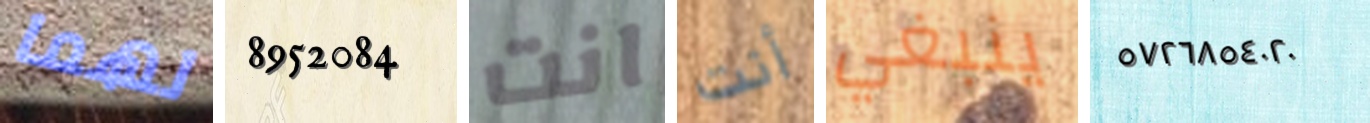
لهما 8952084 انت أنت ينبغي ٥٧٢٦٨٥٤٠٢٠